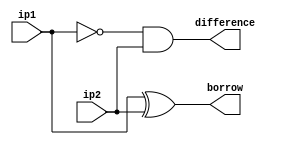
`timescale 1ns / 1ps

module HS_DF(ip1,ip2,borrow,difference);

    input ip1,ip2;
    output borrow,difference;
    assign borrow = ip1 ^ ip2;
    assign difference = (~ip1) & ip2;

endmodule